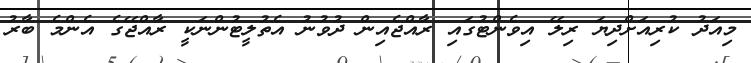
މިއަދު ކުރިއަށްދިޔަ ރިލޭ އިވެންޓުގައި ރާއްޖެއިން ދުވުނު އެތުލީޓުންނަކީ ރާއްޖޭގެ އެންމެ ބާރު